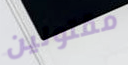
مقتولين